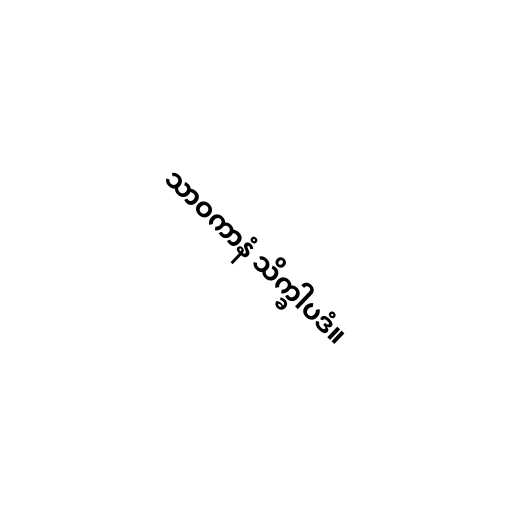
သာဝကာနံ သိက္ခါပဒံ။